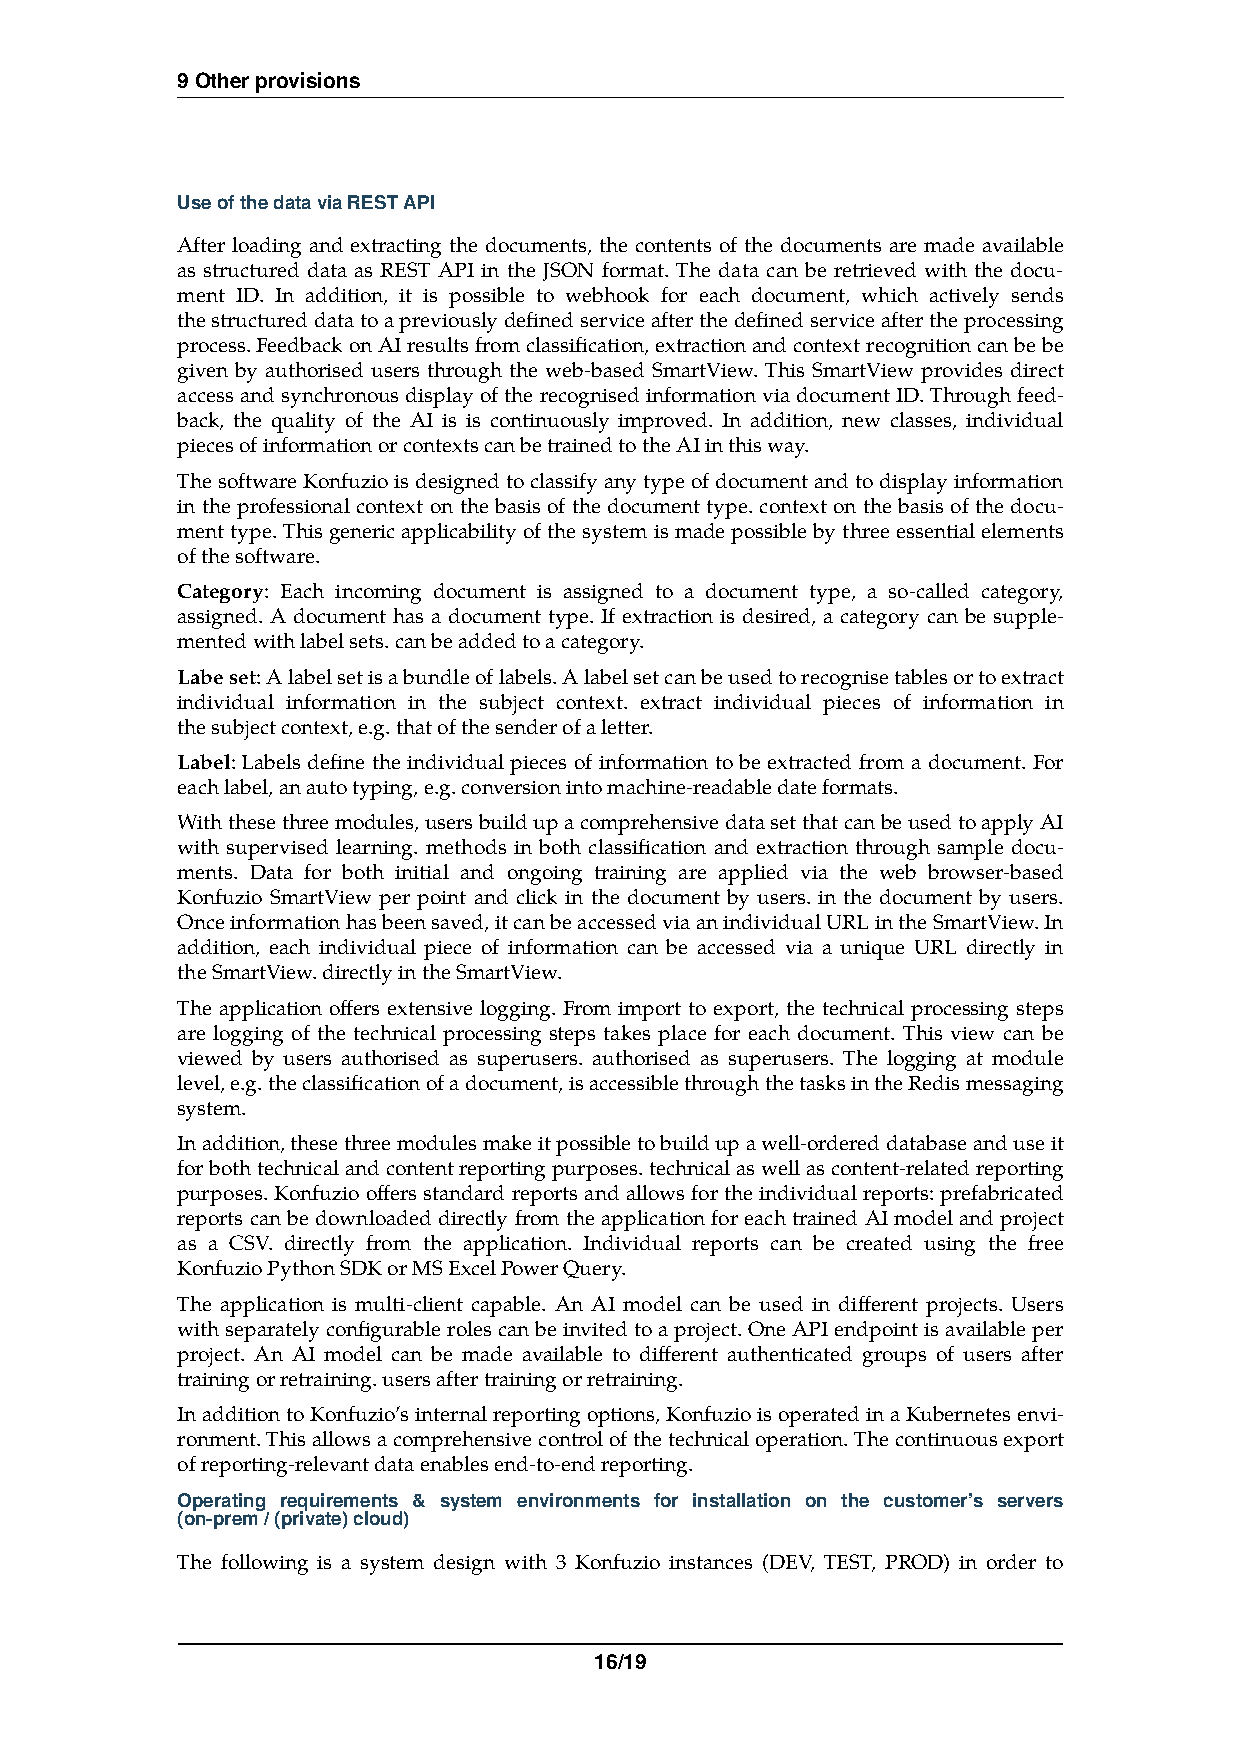
9 Other provisions
 Use of the data via REST API
 After loading and extracting the documents, the contents of the documents are made available
 as structured data as REST API in the JSON format. The data can be retrieved with the docu-
 ment ID. In addition, it is possible to webhook for each document, which actively sends
 the structured data to a previously defined service after the defined service after the processing
 process. Feedback on AI results from classification, extraction and context recognition can be be
 given by authorised users through the web-based SmartView. This SmartView provides direct
 access and synchronous display of the recognised information via document ID. Through feed-
 back, the quality of the AI is is continuously improved. In addition, new classes, individual
 pieces of information or contexts can be trained to the AI in this way.
 The software Konfuzio is designed to classify any type of document and to display information
 in the professional context on the basis of the document type. context on the basis of the docu-
 ment type. This generic applicability of the system is made possible by three essential elements
 of the software.
 Category: Each incoming document is assigned to a document type, a so-called category,
 assigned. A document has a document type. If extraction is desired, a category can be supple-
 mented with label sets. can be added to a category.
 Labe set: A label set is a bundle of labels. A label set can be used to recognise tables or to extract
 individual information in the subject context. extract individual pieces of information in
 the subject context, e.g. that of the sender of a letter.
 Label: Labels define the individual pieces of information to be extracted from a document. For
 each label, an auto typing, e.g. conversion into machine-readable date formats.
 With these three modules, users build up a comprehensive data set that can be used to apply AI
 with supervised learning. methods in both classification and extraction through sample docu-
 ments. Data for both initial and ongoing training are applied via the web browser-based
 Konfuzio SmartView per point and click in the document by users. in the document by users.
 Once information has been saved, it can be accessed via an individual URL in the SmartView. In
 addition, each individual piece of information can be accessed via a unique URL directly in
 the SmartView. directly in the SmartView.
 The application offers extensive logging. From import to export, the technical processing steps
 are logging of the technical processing steps takes place for each document. This view can be
 viewed by users authorised as superusers. authorised as superusers. The logging at module
 level, e.g. the classification of a document, is accessible through the tasks in the Redis messaging
 system.
 In addition, these three modules make it possible to build up a well-ordered database and use it
 for both technical and content reporting purposes. technical as well as content-related reporting
 purposes. Konfuzio offers standard reports and allows for the individual reports: prefabricated
 reports can be downloaded directly from the application for each trained AI model and project
 as a CSV. directly from the application. Individual reports can be created using the free
 Konfuzio Python SDK or MS Excel Power Query.
 The application is multi-client capable. An AI model can be used in different projects. Users
 with separately configurable roles can be invited to a project. One API endpoint is available per
 project. An AI model can be made available to different authenticated groups of users after
 training or retraining. users after training or retraining.
 In addition to Konfuzio’s internal reporting options, Konfuzio is operated in a Kubernetes envi-
 ronment. This allows a comprehensive control of the technical operation. The continuous export
 of reporting-relevant data enables end-to-end reporting.
 Operating requirements & system environments for installation on the customer’s servers
 (on-prem / (private) cloud)
 The following is a system design with 3 Konfuzio instances (DEV, TEST, PROD) in order to
 16/19